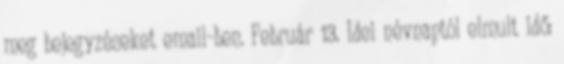
meg bejegyzéseket email-ben. Február 13. Idei névnaptól elmult idő: